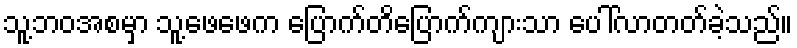
သူ့ဘဝအစမှာ သူ့ဖေဖေက ပြောက်တိပြောက်ကျားသာ ပေါ်လာတတ်ခဲ့သည်။